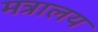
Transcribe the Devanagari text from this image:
मत्रालय